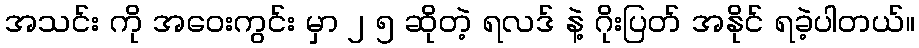
အသင်း ကို အဝေးကွင်း မှာ ၂ ၅ ဆိုတဲ့ ရလဒ် နဲ့ ဂိုးပြတ် အနိုင် ရခဲ့ပါတယ်။